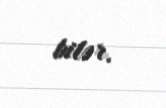
bilər.